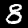
Digit: 8